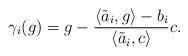
LaTeX: \begin{align*}\gamma_i(g)=g-\frac{\left\langle \tilde a_i,g\right\rangle-b_i}{\left\langle \tilde a_i,c \right\rangle }c.\end{align*}